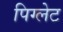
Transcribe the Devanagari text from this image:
पिग्लेट